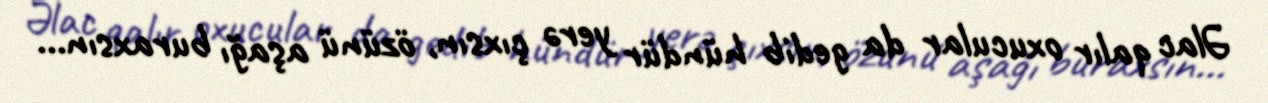
Əlac qalır oxucular da gedib hündür yerə çıxsın, özünü aşağı buraxsın...